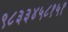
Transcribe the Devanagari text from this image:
९८३३४५८१५१